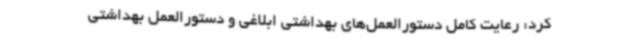
کرد: رعایت کامل دستورالعمل‌های بهداشتی ابلاغی و دستورالعمل بهداشتی